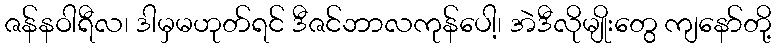
ဇန်နဝါရီလ၊ ဒါမှမဟုတ်ရင် ဒီဇင်ဘာလကုန်ပေါ့၊ အဲဒီလိုမျိုးတွေ ကျနော်တို့